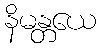
နိမန္တယေ